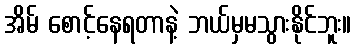
အိမ် စောင့်နေရတာနဲ့ ဘယ်မှမသွားနိုင်ဘူး။